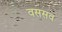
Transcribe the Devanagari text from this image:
वससव